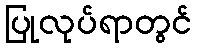
ပြုလုပ်ရာတွင်